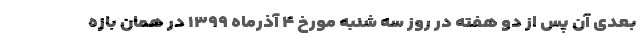
بعدی آن پس از دو هفته در روز سه شنبه مورخ ۴ آذرماه ۱۳۹۹ در همان بازه